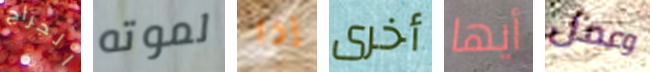
الجراج لموته إذا أخرى أيها وعمل